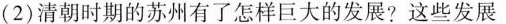
(2)清朝时期的苏州有了怎样巨大的发展?这些发展